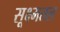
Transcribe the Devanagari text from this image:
सूक्ष्मतल